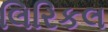
લિરિકલ